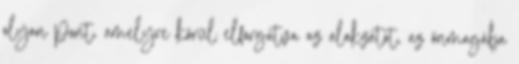
olyan pont, amelyre körül elforgatva az alakzatot, az önmagába